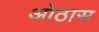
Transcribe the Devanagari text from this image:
ओठास